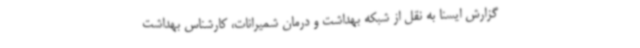
گزارش ایسنا به نقل از شبکه بهداشت و درمان شمیرانات، کارشناس بهداشت